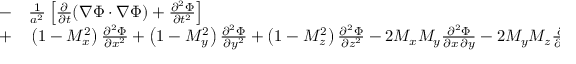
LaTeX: \begin{array} { r l } { - } & { { } { \frac { 1 } { a ^ { 2 } } } \left[ { \frac { \partial } { \partial t } } ( \nabla \Phi \cdot \nabla \Phi ) + { \frac { \partial ^ { 2 } \Phi } { \partial t ^ { 2 } } } \right] } \\ { + } & { { } \left( 1 - M _ { x } ^ { 2 } \right) { \frac { \partial ^ { 2 } \Phi } { \partial x ^ { 2 } } } + \left( 1 - M _ { y } ^ { 2 } \right) { \frac { \partial ^ { 2 } \Phi } { \partial y ^ { 2 } } } + \left( 1 - M _ { z } ^ { 2 } \right) { \frac { \partial ^ { 2 } \Phi } { \partial z ^ { 2 } } } - 2 M _ { x } M _ { y } { \frac { \partial ^ { 2 } \Phi } { \partial x \, \partial y } } - 2 M _ { y } M _ { z } { \frac { \partial ^ { 2 } \Phi } { \partial y \, \partial z } } - 2 M _ { z } M _ { x } { \frac { \partial ^ { 2 } \Phi } { \partial z \, \partial x } } = 0 } \end{array}